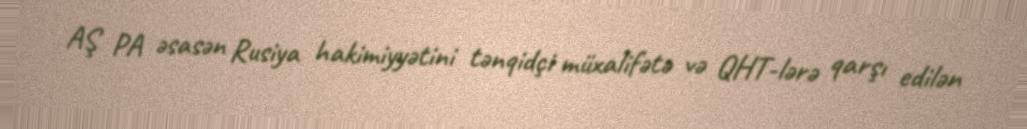
AŞ PA əsasən Rusiya hakimiyyətini tənqidçi müxalifətə və QHT-lərə qarşı edilən